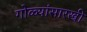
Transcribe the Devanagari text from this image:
गोळ्यांसारखी